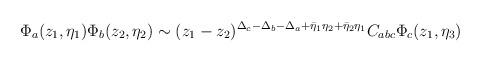
LaTeX: \begin{align*}\Phi_{a}(z_1,\eta_1) \Phi_{b}(z_2,\eta_2) \sim(z_1-z_2)^{\Delta_{c}- \Delta_{b} - \Delta_{a} + \bar{\eta}_1\eta_2 + \bar{\eta}_2 \eta_1} C_{abc} \Phi_{c}(z_1,\eta_3)\end{align*}